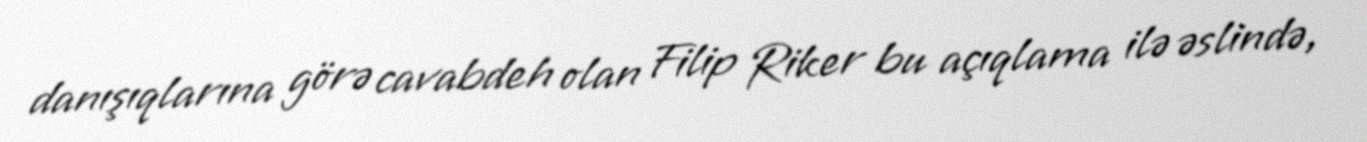
danışıqlarına görə cavabdeh olan Filip Riker bu açıqlama ilə əslində,